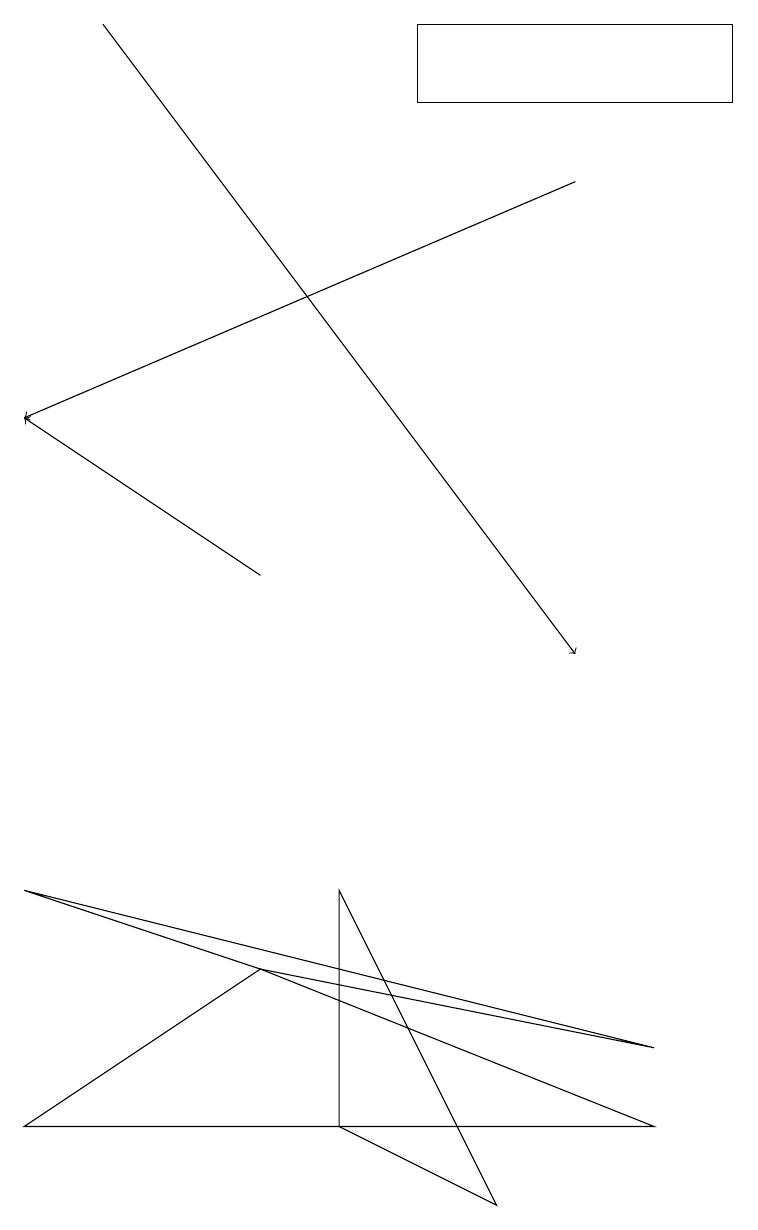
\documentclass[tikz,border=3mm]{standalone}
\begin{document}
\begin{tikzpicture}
\draw (6,3) -- (4,4) -- (4,7) -- cycle;
\draw[->] (1,18) -- (7,10);
\draw (9,17) rectangle (5,18);
\draw (0,7) -- (8,5) -- (3,6) -- cycle;
\draw[->] (3,11) -- (0,13);
\draw[->] (7,16) -- (0,13);
\draw (8,4) -- (0,4) -- (3,6) -- cycle;
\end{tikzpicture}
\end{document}